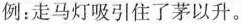
例：走马灯吸引住了茅以升。